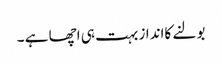
بولنے کاانداز بہت ہی اچھا ہے ۔